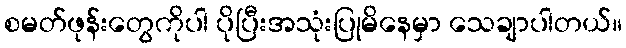
စမတ်ဖုန်းတွေကိုပါ ပိုပြီးအသုံးပြုမိနေမှာ သေချာပါတယ်။